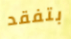
بتفقد